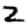
Digit: 2